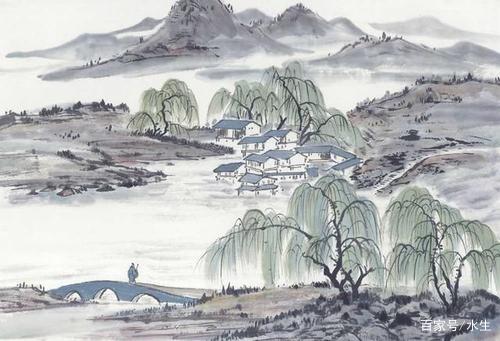
却愁宴罢青娥散，扬子江头月半斜。